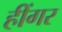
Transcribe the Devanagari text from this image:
हींगर